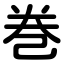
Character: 巻